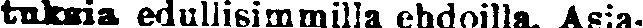
tuksia edullisimmilla ehdoilla, Asia.